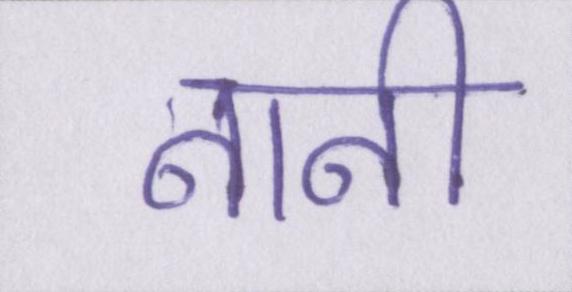
नानी